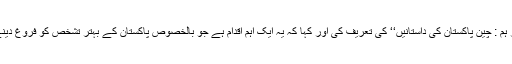
صدر مملکت نے سفیر لوشولن کی تصنیف کردہ کتاب ’’آپ اور ہم : چین پاکستان کی داستانیں‘‘ کی تعریف کی اور کہا کہ یہ ایک اہم اقدام ہے جو بالخصوص پاکستان کے بہتر تشخص کو فروغ دینے اور بالعموم پاک چین تعلقات کیلئے ایک گرانقدر خدمت ہے۔